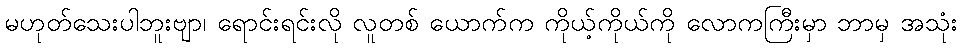
မဟုတ်သေးပါဘူးဗျာ၊ ရောင်းရင်းလို လူတစ် ယောက်က ကိုယ့်ကိုယ်ကို လောကကြီးမှာ ဘာမှ အသုံး